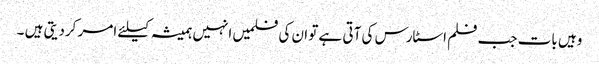
وہیں بات جب فلم اسٹارس کی آتی ہے تو ان کی فلمیں انہیں ہمیشہ کیلئے امر کردیتی ہیں ۔